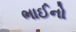
ભાઈનો